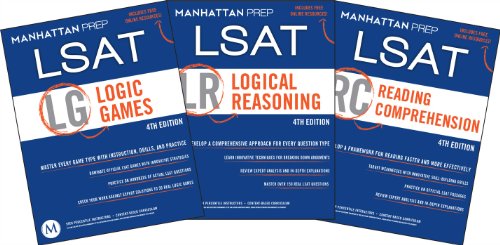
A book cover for LSAT Strategy Guides (Logic Games / Logical Reasoning / Reading Comprehension), 4th Edition; Manhattan Prep; Test Preparation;